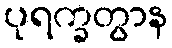
ပုရက္ခတွာန